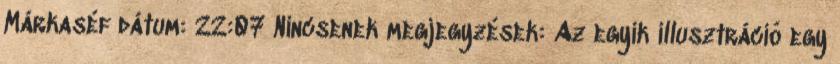
Márkaséf dátum: 22:07 Nincsenek megjegyzések: Az egyik illusztráció egy